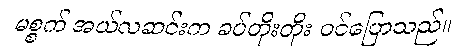
မစ္စက် အယ်လဆင်းက ခပ်တိုးတိုး ဝင်ပြောသည်။